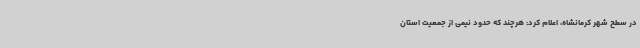
در سطح شهر کرمانشاه، اعلام کرد: هرچند که حدود نیمی از جمعیت استان